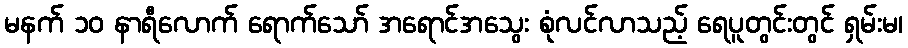
မနက် ၁၀ နာရီလောက် ရောက်သော် အရောင်အသွေး စုံလင်လာသည့် ရေပူတွင်းတွင် ရှမ်းမ၊